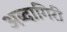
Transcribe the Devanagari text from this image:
अब्दागिरी